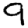
Digit: 9